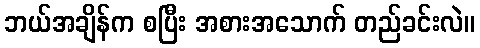
ဘယ်အချိန်က စပြီး အစားအသောက် တည်ခင်းလဲ။